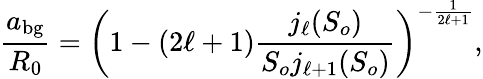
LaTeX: \frac{a_{\mathrm{bg}}}{R_{0}}=\left(1-(2\ell+1)\frac{j_{\ell}(S_{o})}{S_{o}j_{\ell+1}(S_{o})}\right)^{-\frac{1}{2\ell+1}},